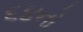
૬૪નો